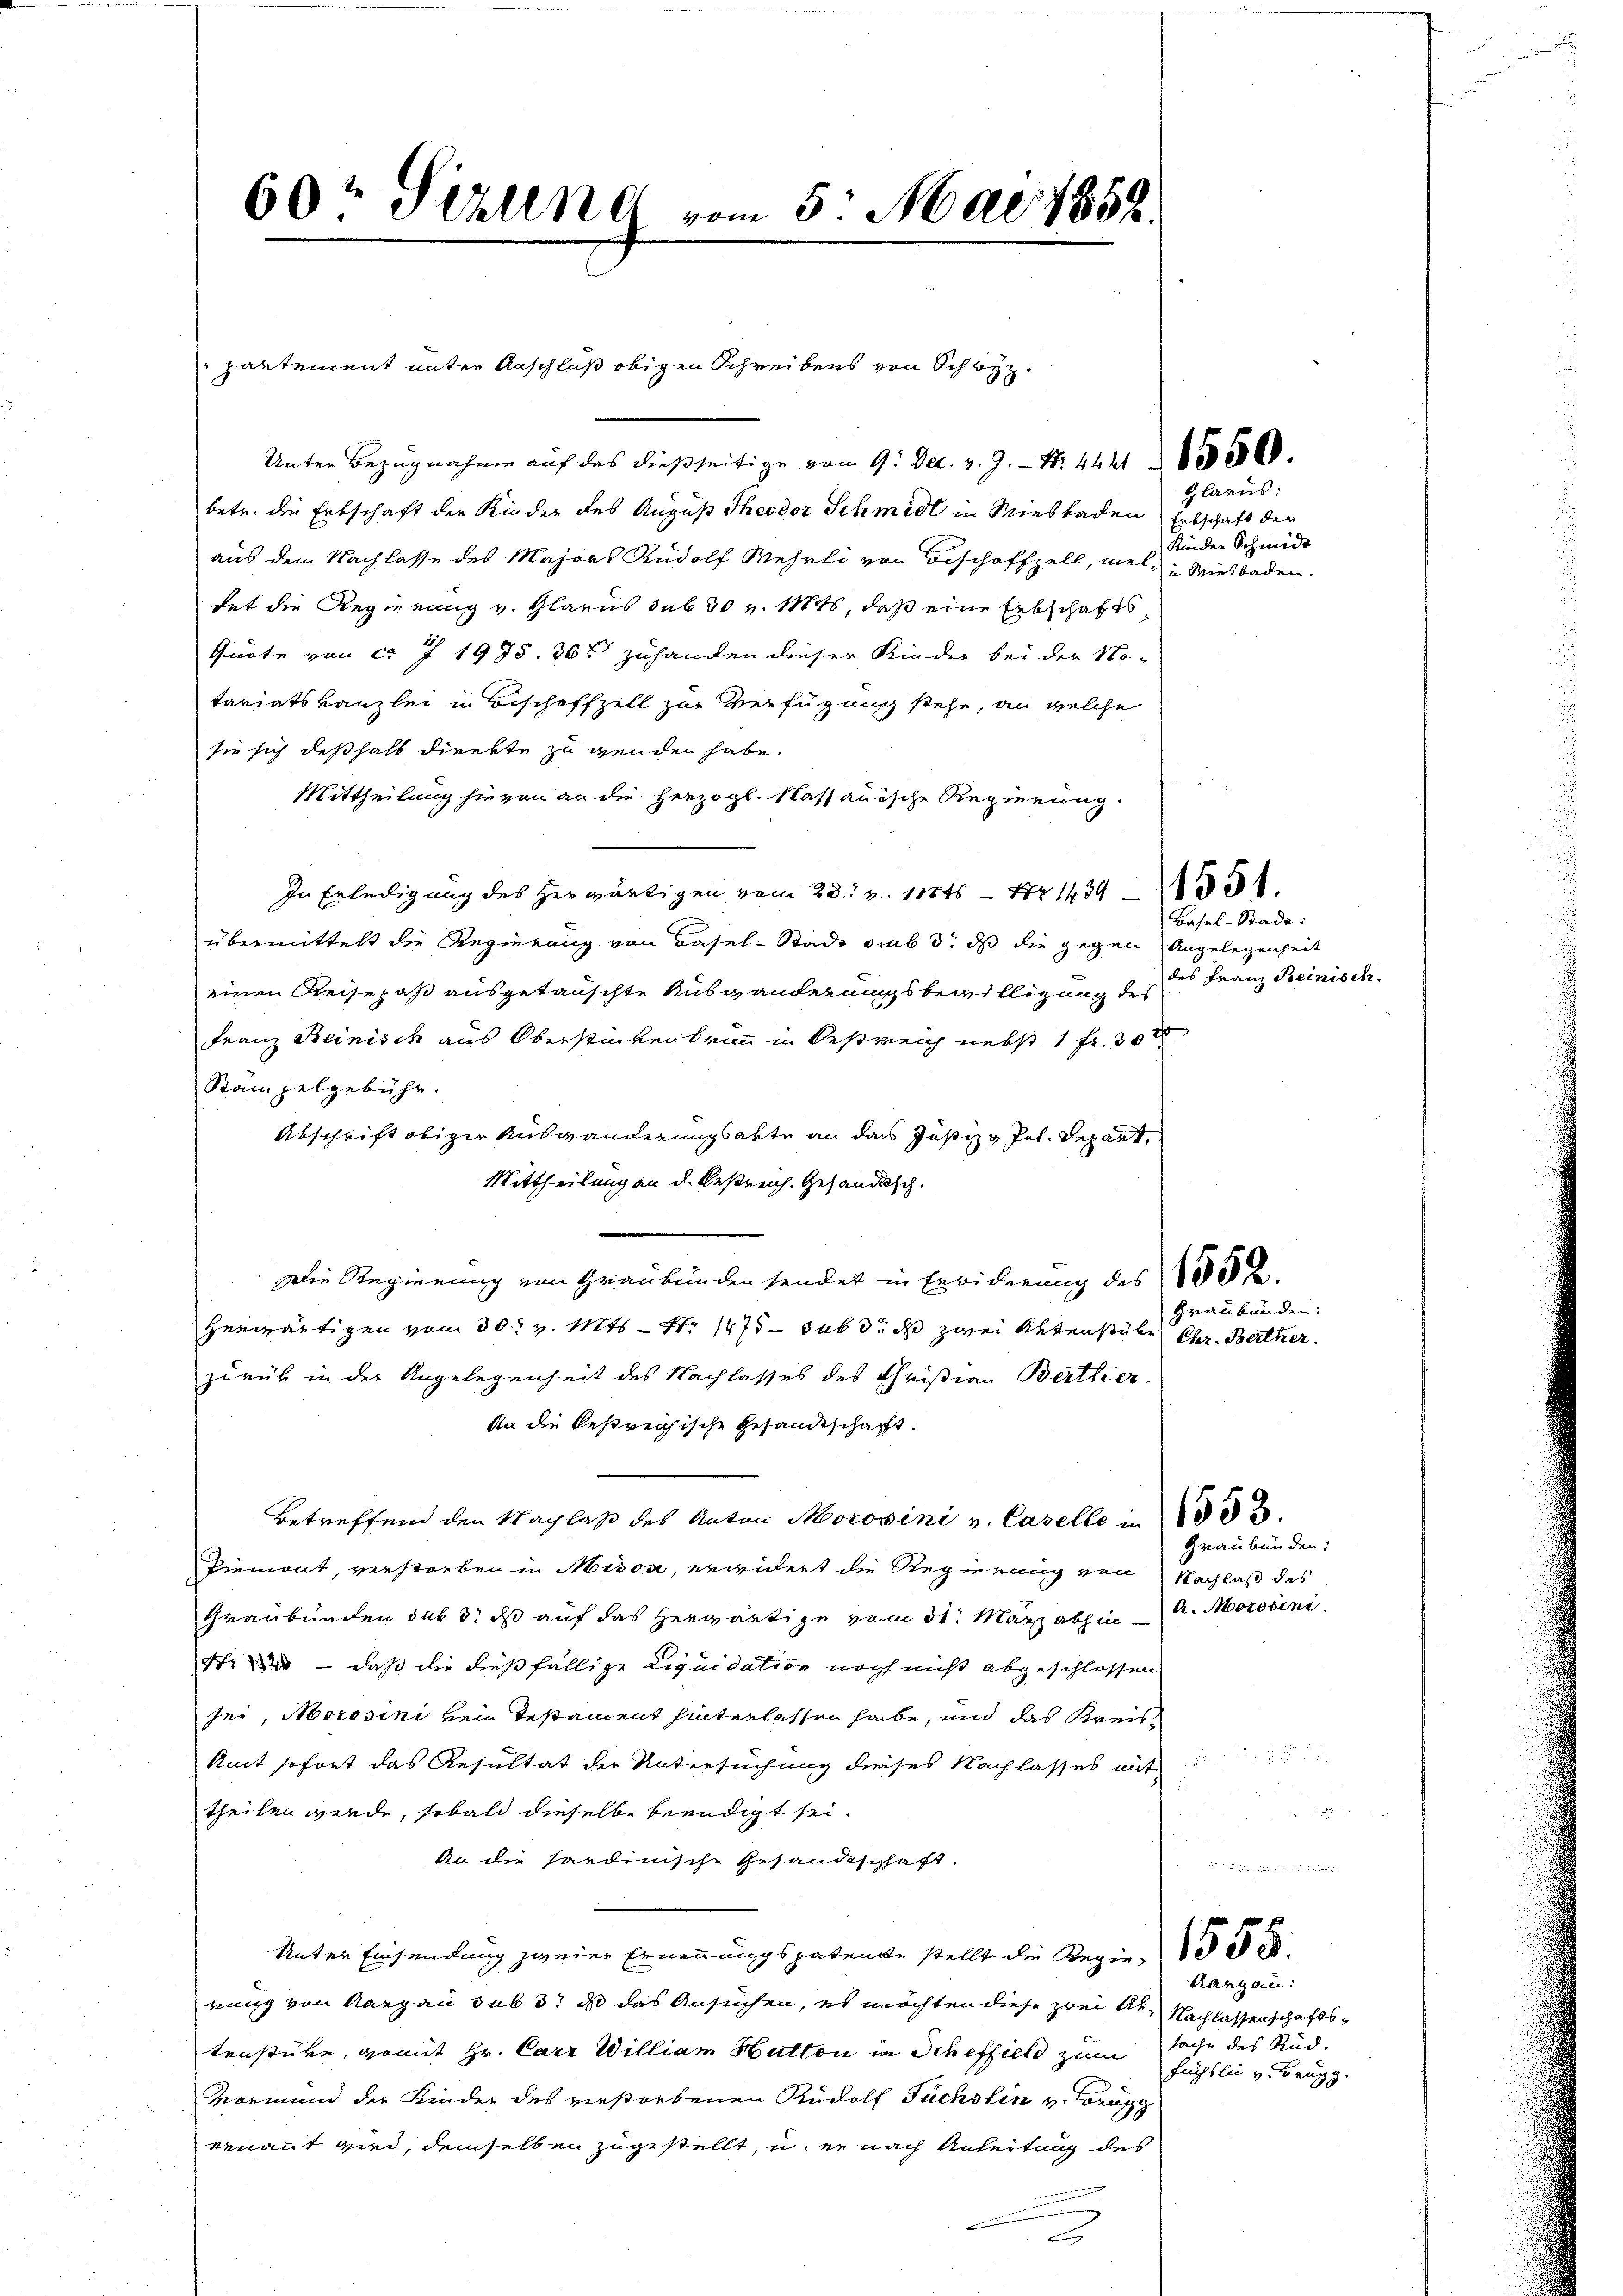
60t Sekund vom 5. Mai 1852.

Unter Bezugnahme auf das dießseitige von 9. Dec. v. 9. — N. 4421 8888800.
betr. die Entschaft der Kinder des August Theodor Schmidl in Wiesbaden Erbschaft der
aus dem Nachlasse des Majors Rudolf Mehrli von Beschoffzell, mel- u Wiesbaden.
tet die Regierung v. Glarus sub 30 v. Mts, daß eine Erbschafts¬
Quote von ca 7 1995. 36 rt zuhanden dieser Kinder bei der No-
tariatskanzlei in Beschoffzell zur Verfügung stehe, an welche
sie sich deßhalb dienkte zu genden habe.
Mittheilung hievon an die herzogl. Massauische Regierung.
In Erledigung des Herwärtigen vom 28. v. 118 t Nr 1434.
übermittelt die Regierung von Basel-Stadt sub 3. ds die gegen Angelegenheit
einen Reisepaß ausgetauschte Ausganderungsbewilligung des
Franz Beinisch aus Oberstücken brann in Oestreich nebst 1 Fr. 30 x
Stämpelgebühr.
Abschrift obiger Auswanderungsakte an das Justiz & Pol. Depart,
Mittheilung an d. Bestreich. Gesandtsch.
Die Regierung von Graubünden sendet in Erwiderung des 1882
Heimwärtigen vom 30. v. Mts. - Nr. 1475 - sub 3. ds zwei Aktenstübe Chr. Berther.
zurük in der Angelegenheit des Nachlasses des Christian Berther
An die bestreichische Gesandtschafft.
Betreffend den Nachlaß des Anton Morovini v. Caselle in
Piemont, verstorben in Missa, erwidert die Regierung von Nachlaß des
Graubünden sub 3. ds auf das Herwärtige vom 31. März abhin u. Morosini.
ftr  — daß die dießfällige Liquidation noch nicht abgeschlossen
sei, Morosini bei Testament hinterlassen habe, und das Kreis¬
Amt sofort das Resultat der Untersuchung dieses Nachlasses mit
theilen werde, sobald dieselbe beendigt sei.
An die sardinische Gesandtschhaft.
Unter Einsendung zweier Ernennungspatente stellt die Regier, 1 § 68
rung von Aargau sub 3t d das Ansuchen, es möchten diese zwei Ak- Nachlassenschaftstenstücke, womit Hr. Carz William Hutton in Scheffield zum Sache des Rüd¬
Vormund der Kinder des verstorbenen Rudolf Fuchslin v. Brugg
venant wird, demselben zugestellt, u. er nach Anleitung des

partement unter Anschluß obigen Schreibens von Schwyz

Glarus:
Kinder Schmidt

c

Basel-Stade:
des Franz Reinisch.

Graubünden:

Graubünden:

Rargau:
Füchsli v. Brugg.